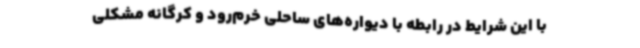
با این شرایط در رابطه با دیواره‌های ساحلی خرم‌رود و کرگانه مشکلی